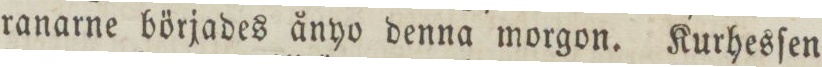
ranarne börjades ånyo denna morgon. Kurhesſen